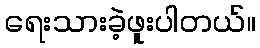
ရေးသားခဲ့ဖူးပါတယ်။